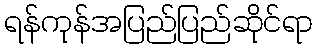
ရန်ကုန်အပြည်ပြည်ဆိုင်ရာ